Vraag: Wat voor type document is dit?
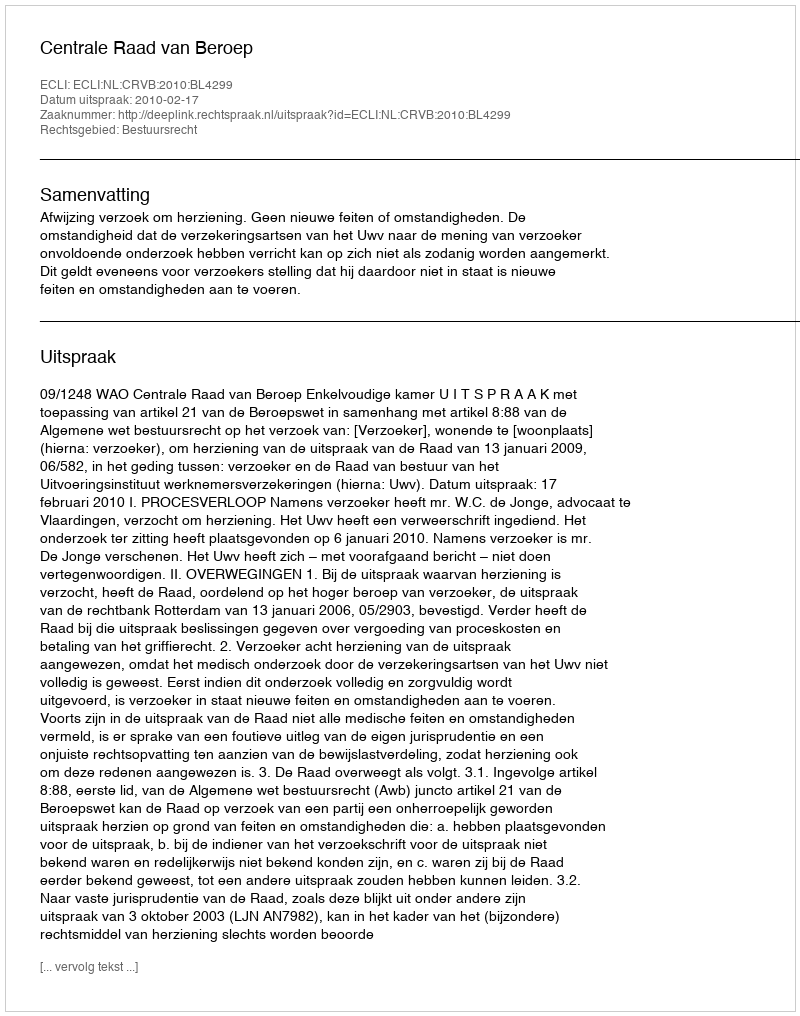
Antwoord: Uitspraak